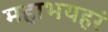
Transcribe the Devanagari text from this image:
महाभयहरं